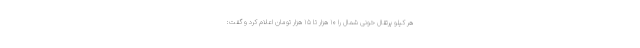
هر کیلو پرتقال خونی شمال را ۱۰ هزار تا ۱۵ هزار تومان اعلام کرد و گفت: